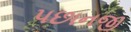
પછાનજી